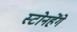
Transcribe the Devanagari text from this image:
स्टोनहेंगे